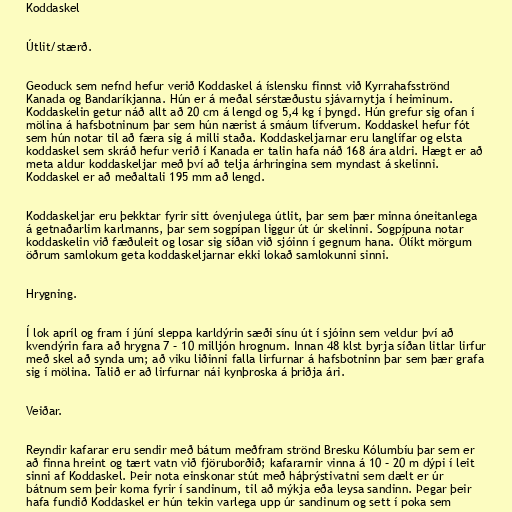
Koddaskel

Útlit/stærð.

Geoduck sem nefnd hefur verið Koddaskel á íslensku finnst við Kyrrahafsströnd
Kanada og Bandaríkjanna. Hún er á meðal sérstæðustu sjávarnytja í heiminum.
Koddaskelin getur náð allt að 20 cm á lengd og 5,4 kg í þyngd. Hún grefur sig ofan í
mölina á hafsbotninum þar sem hún nærist á smáum lífverum. Koddaskel hefur fót
sem hún notar til að færa sig á milli staða. Koddaskeljarnar eru langlífar og elsta
koddaskel sem skráð hefur verið í Kanada er talin hafa náð 168 ára aldri. Hægt er að
meta aldur koddaskeljar með því að telja árhringina sem myndast á skelinni.
Koddaskel er að meðaltali 195 mm að lengd.

Koddaskeljar eru þekktar fyrir sitt óvenjulega útlit, þar sem þær minna óneitanlega
á getnaðarlim karlmanns, þar sem sogpípan liggur út úr skelinni. Sogpípuna notar
koddaskelin við fæðuleit og losar sig síðan við sjóinn í gegnum hana. Ólíkt mörgum
öðrum samlokum geta koddaskeljarnar ekki lokað samlokunni sinni.

Hrygning.

Í lok apríl og fram í júní sleppa karldýrin sæði sínu út í sjóinn sem veldur því að
kvendýrin fara að hrygna 7 – 10 milljón hrognum. Innan 48 klst byrja síðan litlar lirfur
með skel að synda um; að viku liðinni falla lirfurnar á hafsbotninn þar sem þær grafa
sig í mölina. Talið er að lirfurnar nái kynþroska á þriðja ári.

Veiðar.

Reyndir kafarar eru sendir með bátum meðfram strönd Bresku Kólumbíu þar sem er
að finna hreint og tært vatn við fjöruborðið; kafararnir vinna á 10 – 20 m dýpi í leit
sinni af Koddaskel. Þeir nota einskonar stút með háþrýstivatni sem dælt er úr
bátnum sem þeir koma fyrir í sandinum, til að mýkja eða leysa sandinn. Þegar þeir
hafa fundið Koddaskel er hún tekin varlega upp úr sandinum og sett í poka sem